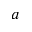
a